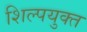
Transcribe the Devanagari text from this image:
शिल्पयुक्त